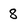
Character: 8